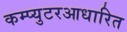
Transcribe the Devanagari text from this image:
कम्प्युटरआधारित